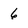
Character: 6